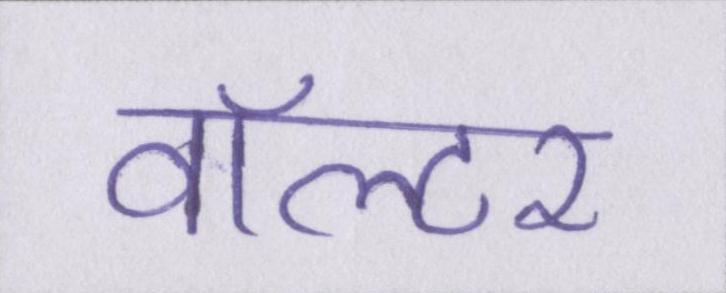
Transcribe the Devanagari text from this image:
वॉल्टर